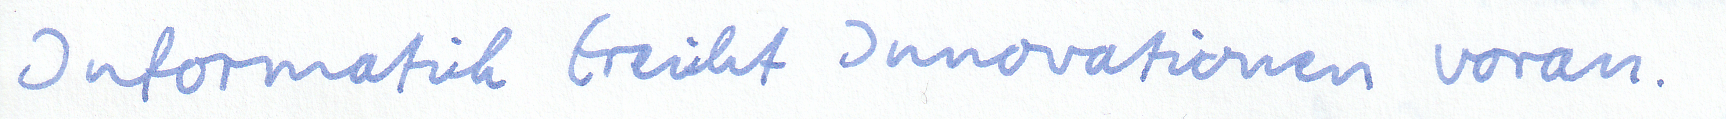
Informatik treibt Innovationen voran.